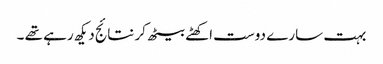
بہت سارے دوست اکھٹے بیٹھ کر نتائج دیکھ رہے تھے ۔